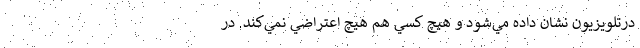
درتلويزيون نشان داده مي‌شود و هيچ کسي هم هيچ اعتراضي نمي‌کند. در